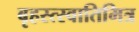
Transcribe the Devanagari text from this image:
बृहस्त्स्वातिमित्र